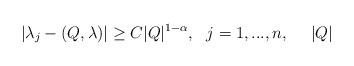
LaTeX: \begin{align*}\vert \lambda _j - (Q, \lambda )\vert \ge C\vert Q \vert ^{1-\alpha}, \ \ j=1,...,n, \ \ \ \ \vert Q \vert\end{align*}